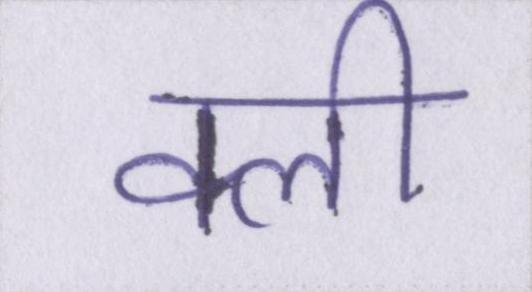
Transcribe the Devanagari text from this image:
क्ली